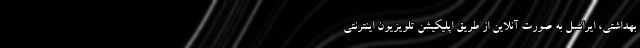
بهداشتی، ایرانسل به صورت آنلاین از طریق اپلیکیشن تلویزیون اینترنتی